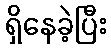
ရှိနေခဲ့ပြီး